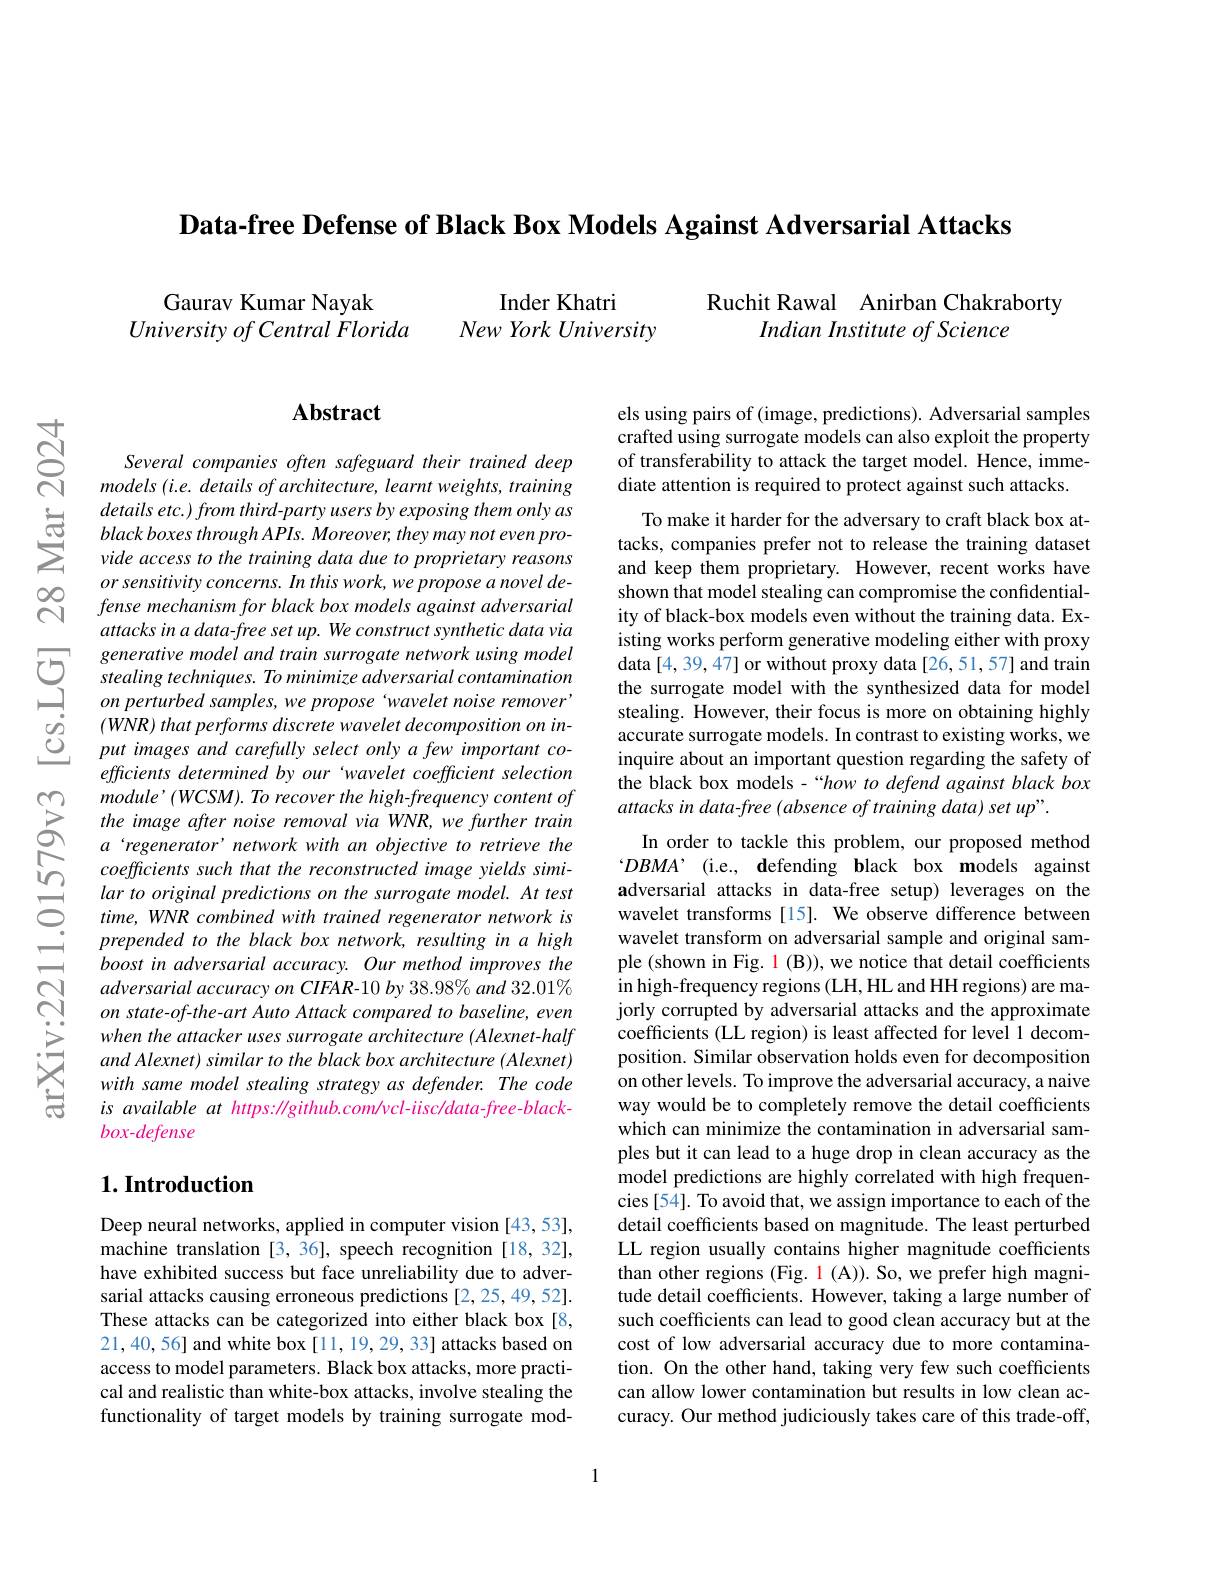
Data-free Defense of Black Box Models Against Adversarial Attacks

Gaurav Kumar Nayak
University of Central Florida

Inder Khatri
$New\textit{York University}$

Ruchit Rawal Anirban Chakraborty
Indian Institute of Science

### $\mathbf{Abstract}$

Several companies often safeguard their trained deep models (i.e. details of architecture, learnt weights, training details $etc. ) from$ $third- party$ users $by$ exposing them only $as$ black boxes through APIs. Moreover, they may not even provide access to the training data due to proprietary reasons or sensitivity concerns. In this work, we propose a novel defense mechanism for black box models against adversarial attacks in a data- free set up. We construct synthetic data via
$\sum _{1}^{generative model and train surrogate network using model}{\textcircled {T}}$ $stealing techniques. To minimize adversarial contamination onpose wavelet noise remover, on perturbed samples, we propose ` wavelet noise remover, por pose the propose the por pose $
$( WNR) \textit{ that performs discrete wavelet decomposition on in- }$ put images and carefully select only a few important coefficients determined by our 'wavelet coefficient selection module' (WCSM). To recover the high-frequency content of the image after noise removal via WNR, we further train a‘regenerator’network with an objective to retrieve the coefficients such that the reconstructed image yields similar to original predictions on the surrogate model. At test time, WNR combined with trained regenerator network is prepended to the black box network, resulting in a high boost in adversarial accuracy. Our method improves the adversarial accuracy on CIFAR-10 by 38.98% and 32.01% on state-of-the-art Auto Attack compared to baseline, even when the attacker uses surrogate architecture (Alexnet- half and Alexnet) similar to the black box architecture (Alexnet) with same model stealing strategy as defender. The code $is$ available at https: //github.com/vcl-iisc/data-free-blackbox-defense

## $1. \textbf{Introduction}$

Deep neural networks, applied in computer vision [43,53], machine translation [3,36], speech recognition [18,32], have exhibited success but face unreliability due to adversarial attacks causing erroneous predictions [2,25,49,52]. These attacks can be categorized into either black box [8, 21,40,56] and white box [11, 19, 29, 33] attacks based on access to model parameters. Black box attacks, more practical and realistic than white-box attacks, involve stealing the functionality of target models by training surrogate mod-

els using pairs of (image, predictions). Adversarial samples crafted using surrogate models can also exploit the property of transferability to attack the target model. Hence, immediate attention is required to protect against such attacks.

To make it harder for the adversary to craft black box attacks, companies prefer not to release the training dataset and keep them proprietary. However, recent works have shown that model stealing can compromise the confidentiality of black-box models even without the training data. Existing works perform generative modeling either with proxy data [4,39,47] or without proxy data [26,51,57] and train the surrogate model with the synthesized data for model stealing. However, their focus is more on obtaining highly accurate surrogate models. In contrast to existing works, we inquire about an important question regarding the safety of the black box models-“how to defend against black box attacks in data-free ( absence of training data) set up".

In order to tackle this problem, our proposed method $^{\cdot}DBMA’($i.e., defending black box models against adversarial attacks in data-free setup) leverages on the wavelet transforms [15]. We observe difference between wavelet transform on adversarial sample and original sample (shown in Fig. 1 (B)), we notice that detail coefficients in high-frequency regions (LH, HL and HH regions) are majorly corrupted by adversarial attacks and the approximate coefficients (LL region) is least affected for level 1 decomposition. Similar observation holds even for decomposition on other levels. To improve the adversarial accuracy, a naive way would be to completely remove the detail coefficients which can minimize the contamination in adversarial samples but it can lead to a huge drop in clean accuracy as the model predictions are highly correlated with high frequencies [54]. To avoid that, we assign importance to each of the detail coefficients based on magnitude. The least perturbed LL region usually contains higher magnitude coefficients than other regions (Fig. 1 (A)). So, we prefer high magnitude detail coefficients. However, taking a large number of such coefficients can lead to good clean accuracy but at the cost of low adversarial accuracy due to more contamination. On the other hand, taking very few such coefficients can allow lower contamination but results in low clean accuracy. Our method judiciously takes care of this trade-off,

1